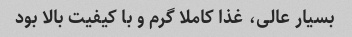
بسیار عالی، غذا کاملا گرم و با کیفیت بالا بود